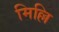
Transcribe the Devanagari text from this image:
मिल्लि